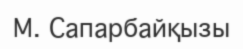
М. Сапарбайқызы